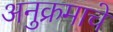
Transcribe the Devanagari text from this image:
अनुक्रमाचे